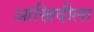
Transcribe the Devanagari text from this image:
आखिदीला